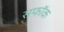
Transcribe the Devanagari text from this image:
सफॉक